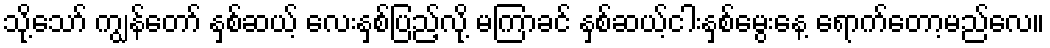
သို့သော် ကျွန်တော် နှစ်ဆယ့် လေးနှစ်ပြည့်လို့ မကြာခင် နှစ်ဆယ့်ငါးနှစ်မွေးနေ့ ရောက်တော့မည်လေ။